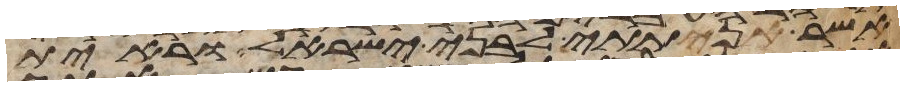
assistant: אשר נתתי לבני ישראל וראית